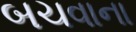
બચવાના